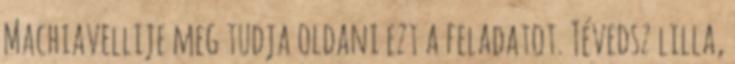
Machiavellije meg tudja oldani ezt a feladatot. Tévedsz lilla,